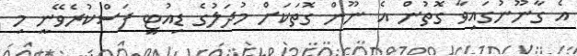
އެ ގާނޫނުގައިވާ ގޮތުން އެ ނޫން ގޮތަކަށް މުދަލުގެ ޑިއުޓީ ފަސްކުރެވޭނީ މި